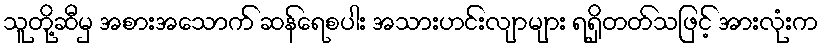
သူတို့ဆီမှ အစားအသောက် ဆန်ရေစပါး အသားဟင်းလျာများ ရရှိတတ်သဖြင့် အားလုံးက